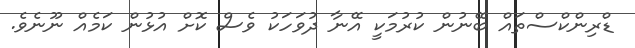
ޑްރިންކްސްތައް ބޭނުން ކުރުމަކީ އޭނާ ދުވަހަކު ވެސް ކޮށް އުޅުން ކަމެއް ނޫނެވެ.